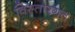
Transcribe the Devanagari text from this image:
विस्तारगत